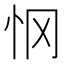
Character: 𰑂